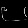
Digit: ၉